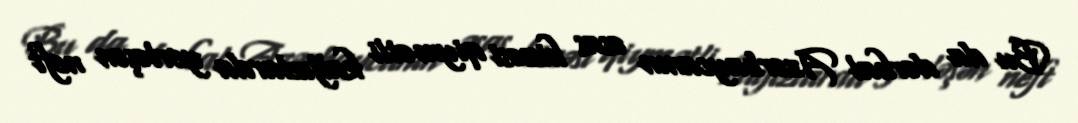
Bu da dərhal Azərbaycanın əsas hissəsi qiymətli kağızlarda yerləşən neft